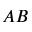
A B